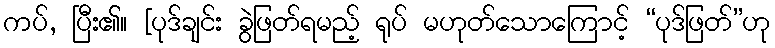
ကပ်, ပြီး၏။ [ပုဒ်ချင်း ခွဲဖြတ်ရမည့် ရုပ် မဟုတ်သောကြောင့် “ပုဒ်ဖြတ်”ဟု